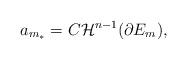
LaTeX: \begin{align*} a_{m_*}= C \mathcal{H}^{n-1}(\partial E_m),\end{align*}